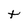
Character: t